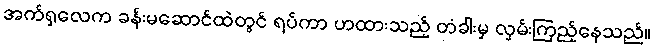
အက်ရှလေက ခန်းမဆောင်ထဲတွင် ရပ်ကာ ဟထားသည့် တံခါးမှ လှမ်းကြည့်နေသည်။